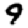
Digit: 9